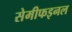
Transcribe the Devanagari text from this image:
सेमीफइनल